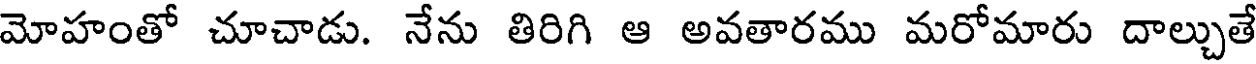
మోహంతో చూచాడు. నేను తిరిగి ఆ అవతారము మరోమారు దాల్చుతే